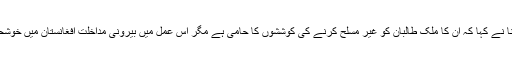
کابل میں پریس کانفرنس کے دوران ایس ایم کرشنا نے کہا کہ ان کا ملک طالبان کو غیر مسلح کرنے کی کوششوں کا حامی ہے مگر اس عمل میں بیرونی مداخلت افغانستان میں خوشحالی، جمہوریت اور استحکام کے لئے تباہ کن ہے۔